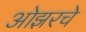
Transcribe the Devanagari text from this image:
ओझरचे